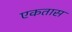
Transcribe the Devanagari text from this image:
एकतास